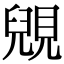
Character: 𧡎